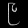
Digit: ၉